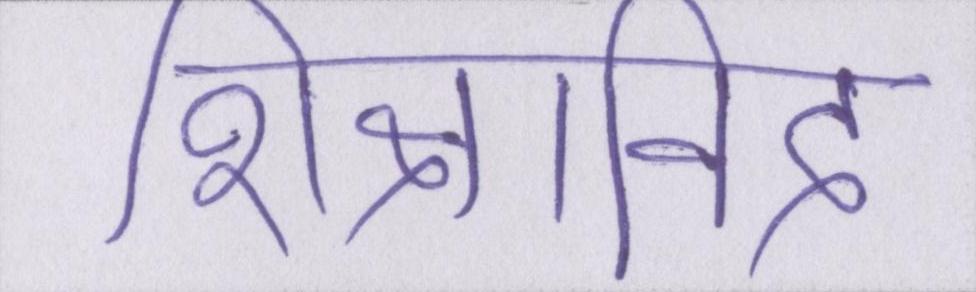
शिक्षाविद